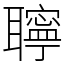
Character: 聹